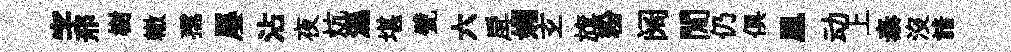
字邢樹轍孺屡沾夜炕濕堪甓六戽媚𤣥旗粉阔閒仍俱凰动上泰沒諳